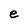
Character: e